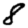
Digit: 8